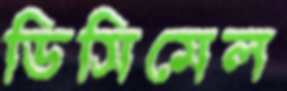
ডিসিমেল